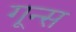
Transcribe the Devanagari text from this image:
गून्स